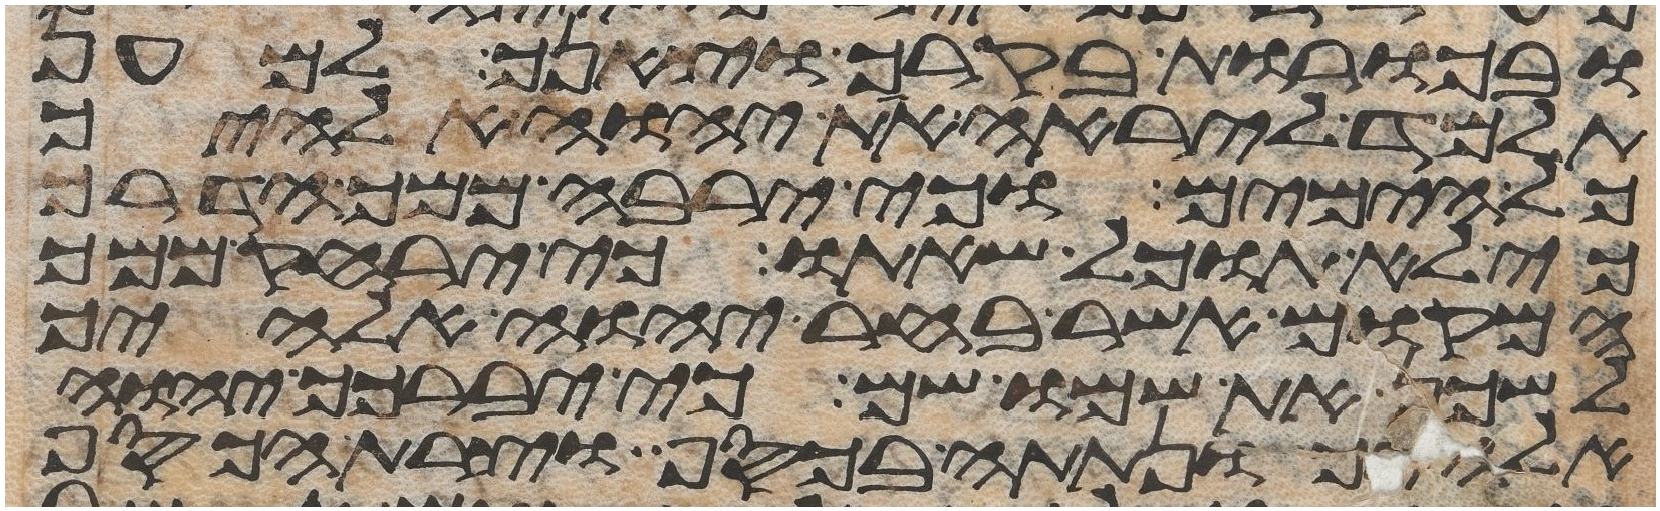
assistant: ובכורת בקרך וצאנך למען
תלמד ליראה את יהוה אלהיך
כל הימים וכי ירבה ממך הדרך
כי לא תוכל שאתו כי ירחק ממך
המקום אשר בחר יהוה אלהיך
לשכן את שמו שם כי יברכך יהוה
אלהיך ונתתה בכסף וצרת הכסף